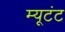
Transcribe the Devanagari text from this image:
म्यूटंट